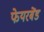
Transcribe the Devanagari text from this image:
फेयरबेंड